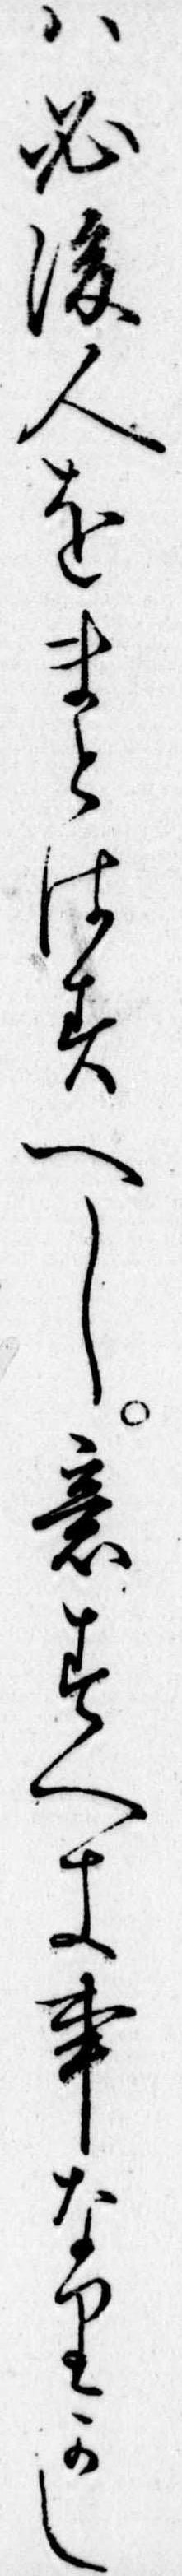
は必後人をまとはすへし意すへき事なりかし